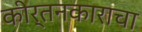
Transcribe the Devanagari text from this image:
कीर्तनकाराचा